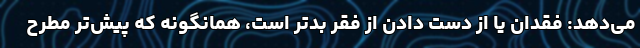
می‌دهد: فقدان یا از دست دادن از فقر بدتر است، همانگونه که پیش‌تر مطرح